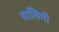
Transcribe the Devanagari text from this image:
यासिमी